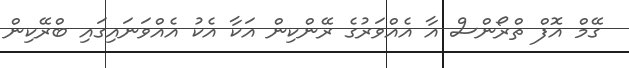
ގޭމް އޮފް ތްރޯންސް އާ އެއްވަރުގެ ރޭންކިން އަކާ އެކު އެއްވަނައިގައި ބްރޭކިން